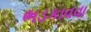
ભડકાવવા